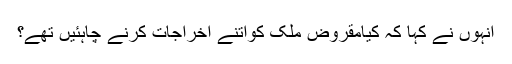
انہوں نے کہا کہ کیامقروض ملک کواتنے اخراجات کرنے چاہئیں تھے؟